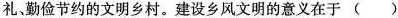
礼勤俭节约的文明乡村。建设乡风文明的意义在于 ( )